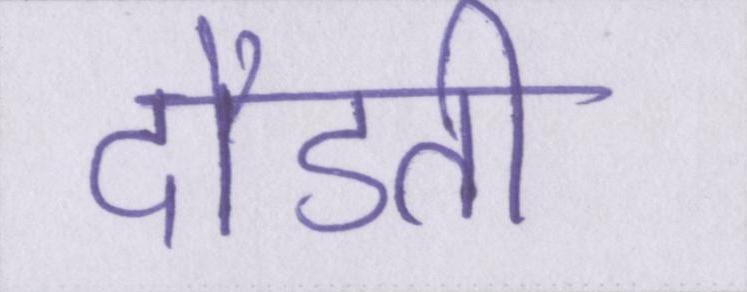
दौडती